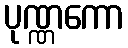
ပုဏ္ဏကော